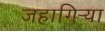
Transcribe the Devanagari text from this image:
जहागिऱ्या